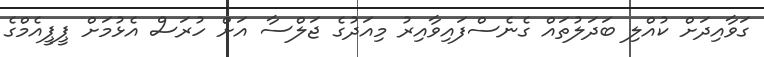
ގަވާއިދަށް ކުއްލި ބަދަލުތައް ގެނެސްފައިވާއިރު މިއަދުގެ ޖަލްސާ އަށް ހުރަސް އެޅުމަށް ޕީޕީއެމްގެ